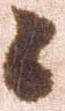
々